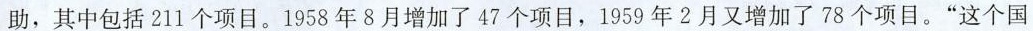
助，其中包括211个项目。1958年8月增加了47个项目，1959年2月又增加了78个项目。”这个国